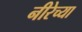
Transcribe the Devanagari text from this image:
नीरेच्या